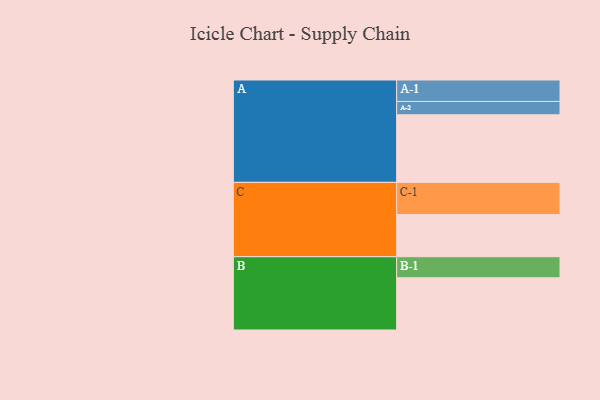
{"axis": {"x": "Segment", "y": "Value"}, "legend": ["", "A", "B", "C"], "data": [{"x": "A", "y": 567, "type": ""}, {"x": "B", "y": 438, "type": ""}, {"x": "C", "y": 354, "type": ""}, {"x": "A-1", "y": 180, "type": "A"}, {"x": "A-2", "y": 112, "type": "A"}, {"x": "B-1", "y": 177, "type": "B"}, {"x": "C-1", "y": 270, "type": "C"}]}